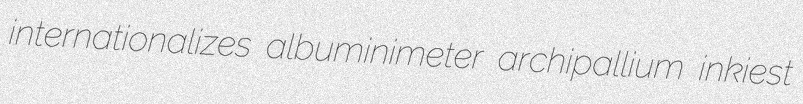
internationalizes albuminimeter archipallium inkiest